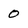
Character: O